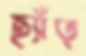
ছ্যাঁত্